Lunatic asylums in Bengal annual reports 1888-1898 - 1888-1898
Year: 1888
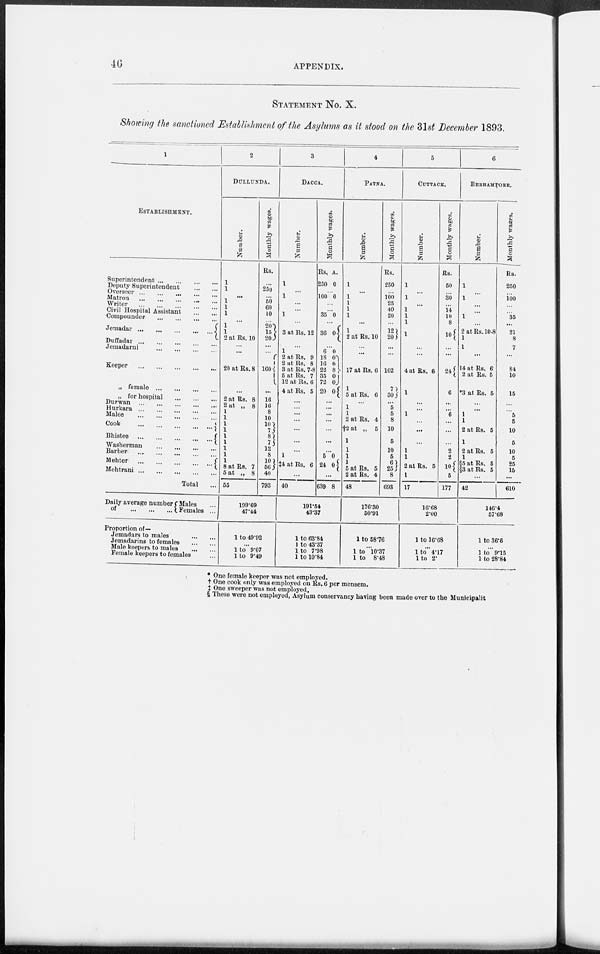
46
APPENDIX.
STATEMENT No. X.
Showing the sanctioned Establishment of the Asylums as it stood on the 31st December 1893.
1
ESTABLISHMENT.
Superintendent
...
...
...
...
Deputy Superintendent
...
...
Overseer
...
...
...
...
...
Matron ... ... ... ... ...
Writer
...
...
...
...
...
Civil Hospital Assistant
...
...
Compounder
...
...
...
...
Jemadar
...
...
...
...
...
Duffadar
...
...
...
...
...
Jemadarni
...
...
...
...
Keeper
...
...
...
...
...
„ female
...
...
...
...
„ for hospital
...
...
...
Durwan ... ... ... ... ...
Hurkara ... ... ... ... ...
Malee ... ... ... ... ...
Cook
...
...
...
...
...
Bhistee
...
...
...
...
...
Washerman ... ... ... ... ...
Barber
...
...
...
...
...
Mehter
...
...
...
...
...
Mehtrani
...
...
...
...
...
Total ...
Daily average number
of
...
...
...
Males
Females ...
Proportion of—
Jemadars to males
...
...
Jemadarins to females
...
...
Male keepers to males ... ...
Female keepers to females ...
2
DULLUNDA.
Number.
1
1
...
1
1
1
...
1
1
2 at Rs. 10
...
...
20 at Rs. 8
...
2 at Rs. 8
2 at „ 8
1
1
1
1
1
1
1
1
1
8 at Rs. 7
5 at „ 8
55
109.69
Monthly wages.
Rs.
...
250
... 50
60
10
...
20
15
20
...
...
160
...
16
16
8
10
10
7
8 7
12
8
10
56
40
793
47.44
1 to 49.92
...
1 to 9.07
1 to 9.49
3
DACCA.
Number.
1
...
1
...
...
1
...
3 at Rs. 12
...
1
2 at Rs. 9
2 at Rs. 8
3 at Rs. 7-8
5 at Rs. 7
12 at Rs. 6
4 at Rs. 5
...
...
...
...
...
...
...
...
1
‡4 at Rs. 6
...
40
Monthly wages.
Rs.
250
A.
0
...
100 0
...
...
35 0
...
36 0
...
6
18
16
22
35
72
20
0
0 0
8
0
0
0
...
...
...
...
...
...
...
...
5
24
0
0
...
639 8
191.54
43.37
1 to 63.84
1 to 43.37
1 to 7.98
1 to 10.84
4
PATNA.
Number.
1
...
1
1
1
1
...
1
2 at Rs. 10
...
...
17 at Rs. 6
1
5 at Rs. 6
...
1
1
2 at Rs. 4
†2 at
„
5
1
1
1
1
5 at Rs. 5
2 at Rs. 4
48
Monthly wages.
Rs.
250
...
100
25
40
20
...
12
20
...
...
102
7
30
...
5
5
8
10
5
10
5
6
25
8
693
176.30
50.91
1 to 58.76
...
1 to 10.37
1 to 8.48
5
CUTTACK.
Number.
1
...
1
...
1
1
1
1
...
...
4 at Rs. 6
1
...
...
1
...
...
...
1
1
2 at Rs.
5
1
17
Monthly wages.
Rs.
50
...
30
...
14
10
8
10
...
...
24
6
...
...
6
...
...
...
2
2
10
10
5
177
16.68
2.00
1 to 16.68
...
l to 4.17
l to 2.
6
BERHAMPORE.
Number.
...
...
...
...
...
...
...
2 at Rs. 10.8
1
... ...
14 at Rs. 6
2 at Rs. 5
*3 at Rs. 5
...
...
1
1
2 at Rs 5
1
2 at Rs. 5
1
§5 at Rs. 5
§ 3 at Rs. 5
...
42
Monthly wages.
Rs.
250
...
100
...
...
35
...
21
8
7
84
10
15
...
... 5
5
10
5
10
5
25
15
...
610
146.4
57.68
1 to 36.6
...
1 to 9.15
1 to 28.84
* One female keeper was not employed.
† One cook only was employed on Rs. 6 per mensem.
‡ One sweeper was not employed.
§ These were not employed, Asylum conservancy having been made over to the Municipalit